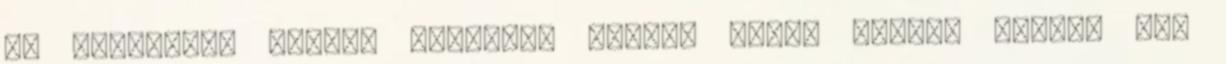
is elrágcsál néhány kekszet. Gyűlöl enni, mégis, mintha egy